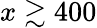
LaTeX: x\gtrsim 400